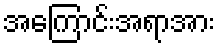
အကြောင်းအရာအား